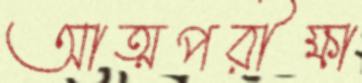
আত্মপরীক্ষা